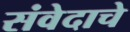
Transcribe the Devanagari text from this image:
संवेदाचे